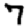
Digit: 7